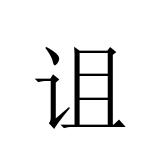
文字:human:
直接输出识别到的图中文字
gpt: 诅